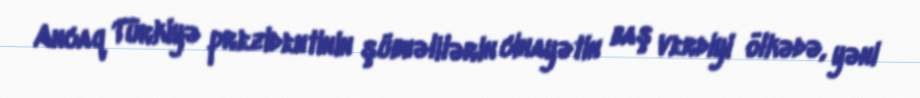
Ancaq Türkiyə prezidentinin şübhəlilərin cinayətin baş verdiyi ölkədə, yəni